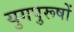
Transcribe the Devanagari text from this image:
युगपुरूषों